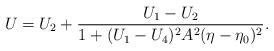
LaTeX: \begin{align*}U=U_2+\frac{U_1-U_2}{1+(U_1-U_4)^2A^2(\eta-\eta_0)^2}.\end{align*}